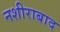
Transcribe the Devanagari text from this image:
नशीराबाद